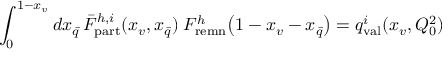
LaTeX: \int _ { 0 } ^ { 1 - x _ { v } } d x _ { \bar { q } } \, \bar { F } _ { \mathrm { p a r t } } ^ { h , i } ( x _ { v } , x _ { \bar { q } } ) \; F _ { \mathrm { r e m n } } ^ { h } \! \left( 1 - x _ { v } - x _ { \bar { q } } \right) = q _ { \mathrm { v a l } } ^ { i } ( x _ { v } , Q _ { 0 } ^ { 2 } )